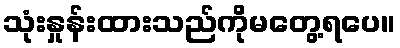
သုံးနှုန်းထားသည်ကိုမတွေ့ရပေ။